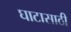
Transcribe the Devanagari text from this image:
घाटासाठी